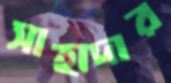
সাহাদার